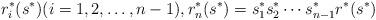
LaTeX: \begin{align*}r^*_i(s^*)(i=1,2,\ldots,n-1),r^*_n(s^*)=s^*_1 s^*_2 \cdots s^*_{n-1} r^*(s^*)\end{align*}